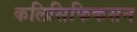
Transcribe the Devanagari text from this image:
कलिसिफिकसन